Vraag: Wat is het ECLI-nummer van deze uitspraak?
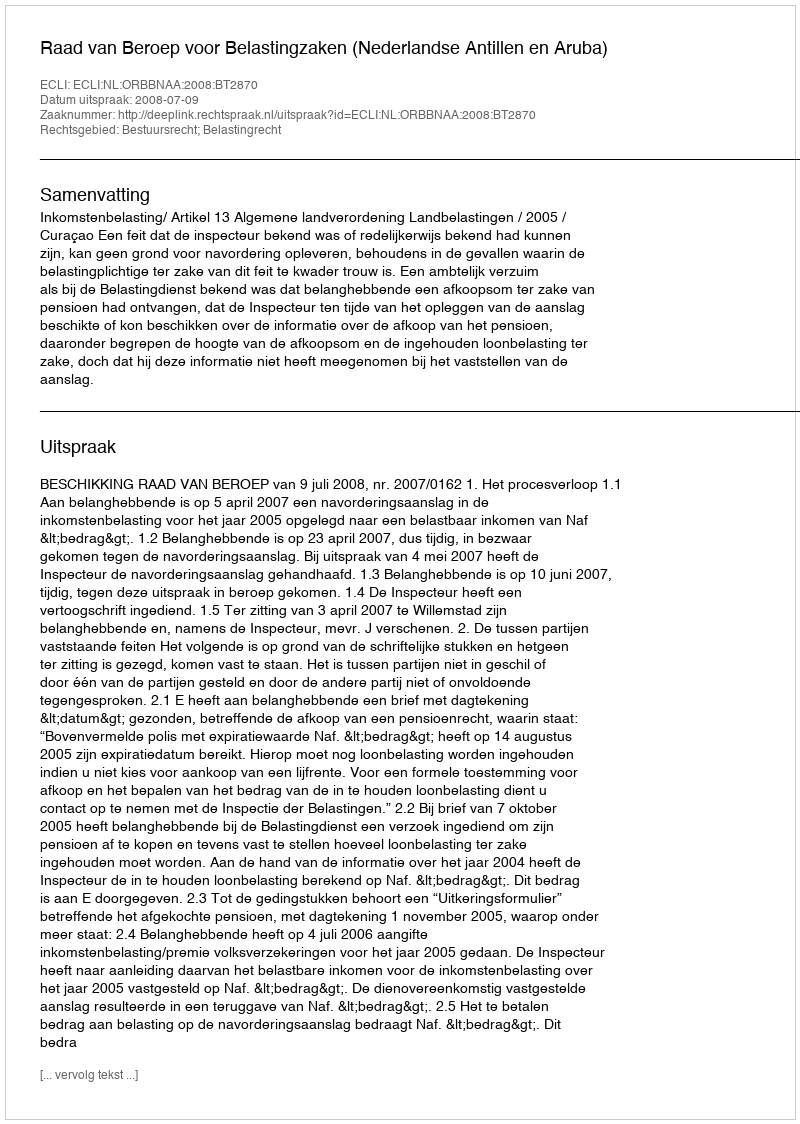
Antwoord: ECLI:NL:ORBBNAA:2008:BT2870